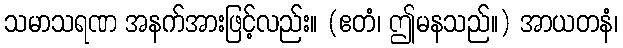
သမာသရဏ အနက်အားဖြင့်လည်း။ (ဧတံ၊ ဤမနသည်။) အာယတနံ၊